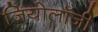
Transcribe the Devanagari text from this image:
जियोलाॅजी